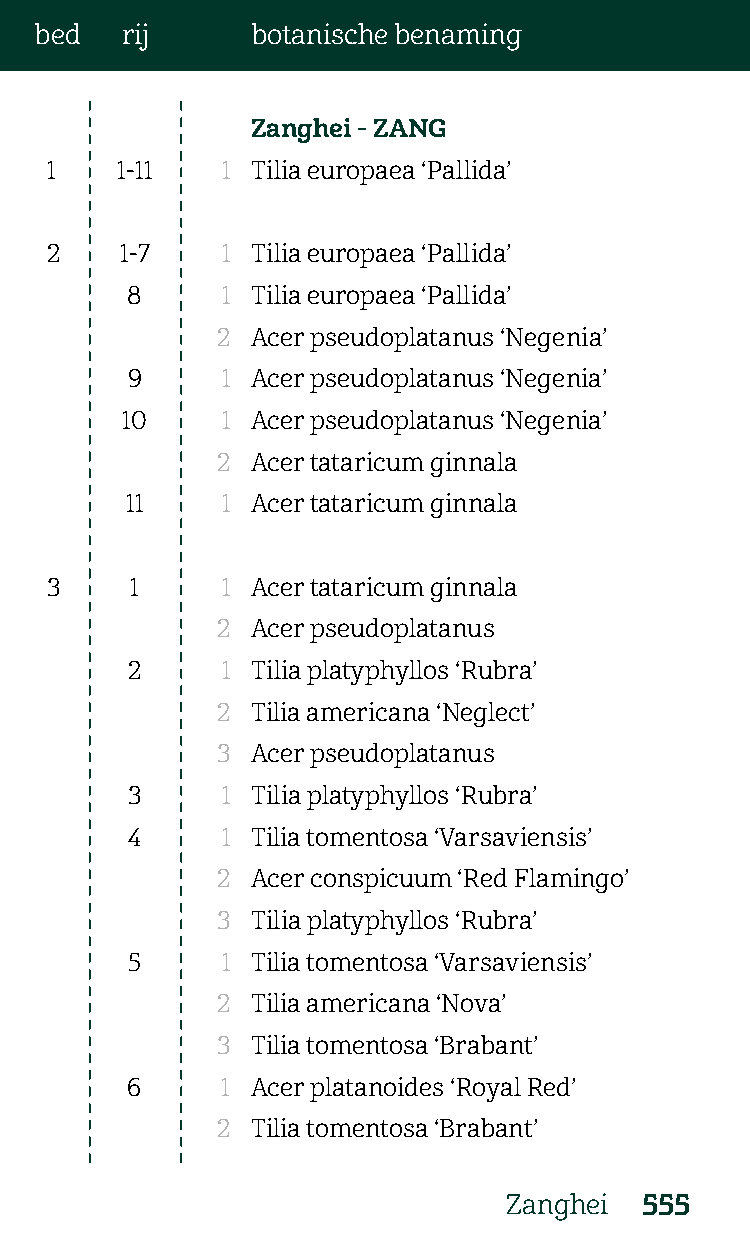
bed   rij      botanische benaming
 Zanghei - ZANG
 1    1-11   1 Tilia europaea ‘Pallida’
 2    1-7    1 Tilia europaea ‘Pallida’
 8      1 Tilia europaea ‘Pallida’
 2  Acer pseudoplatanus ‘Negenia’
 9      1 Acer pseudoplatanus ‘Negenia’
 10     1 Acer pseudoplatanus ‘Negenia’
 2  Acer tataricum ginnala
 11     1 Acer tataricum ginnala
 3     1     1 Acer tataricum ginnala
 2  Acer pseudoplatanus
 2      1 Tilia platyphyllos ‘Rubra’
 2  Tilia americana ‘Neglect’
 3  Acer pseudoplatanus
 3      1 Tilia platyphyllos ‘Rubra’
 4      1 Tilia tomentosa ‘Varsaviensis’
 2  Acer conspicuum ‘Red Flamingo’
 3  Tilia platyphyllos ‘Rubra’
 5      1 Tilia tomentosa ‘Varsaviensis’
 2  Tilia americana ‘Nova’
 3  Tilia tomentosa ‘Brabant’
 6      1 Acer platanoides ‘Royal Red’
 2  Tilia tomentosa ‘Brabant’
 Zanghei 555